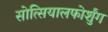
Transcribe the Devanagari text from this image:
सोत्सियालफोर्शुंग